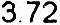
3.72